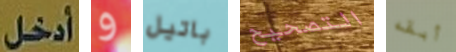
أدخل و باتيل التصحيح أبقه